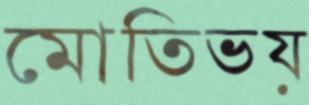
মোতিভয়